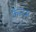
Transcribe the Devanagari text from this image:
फॅन्डम